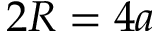
2 R = 4 a